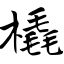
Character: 橇